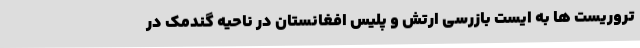
تروریست ها به ایست بازرسی ارتش و پلیس افغانستان در ناحیه گندمک در